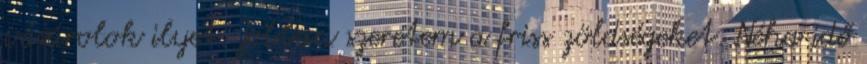
vásárolok ilyet. Jobban szeretem a friss zöldségeket. Néha idő